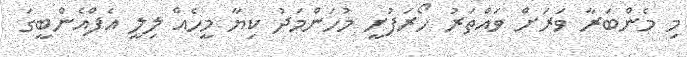
މި މެންބަރާ ވަރަށް ވައްތަރު ހޯރަފުށީ މުހަންމަދު ކިޔާ މީހެއް ލިލީ އެފްއެންބީގަ